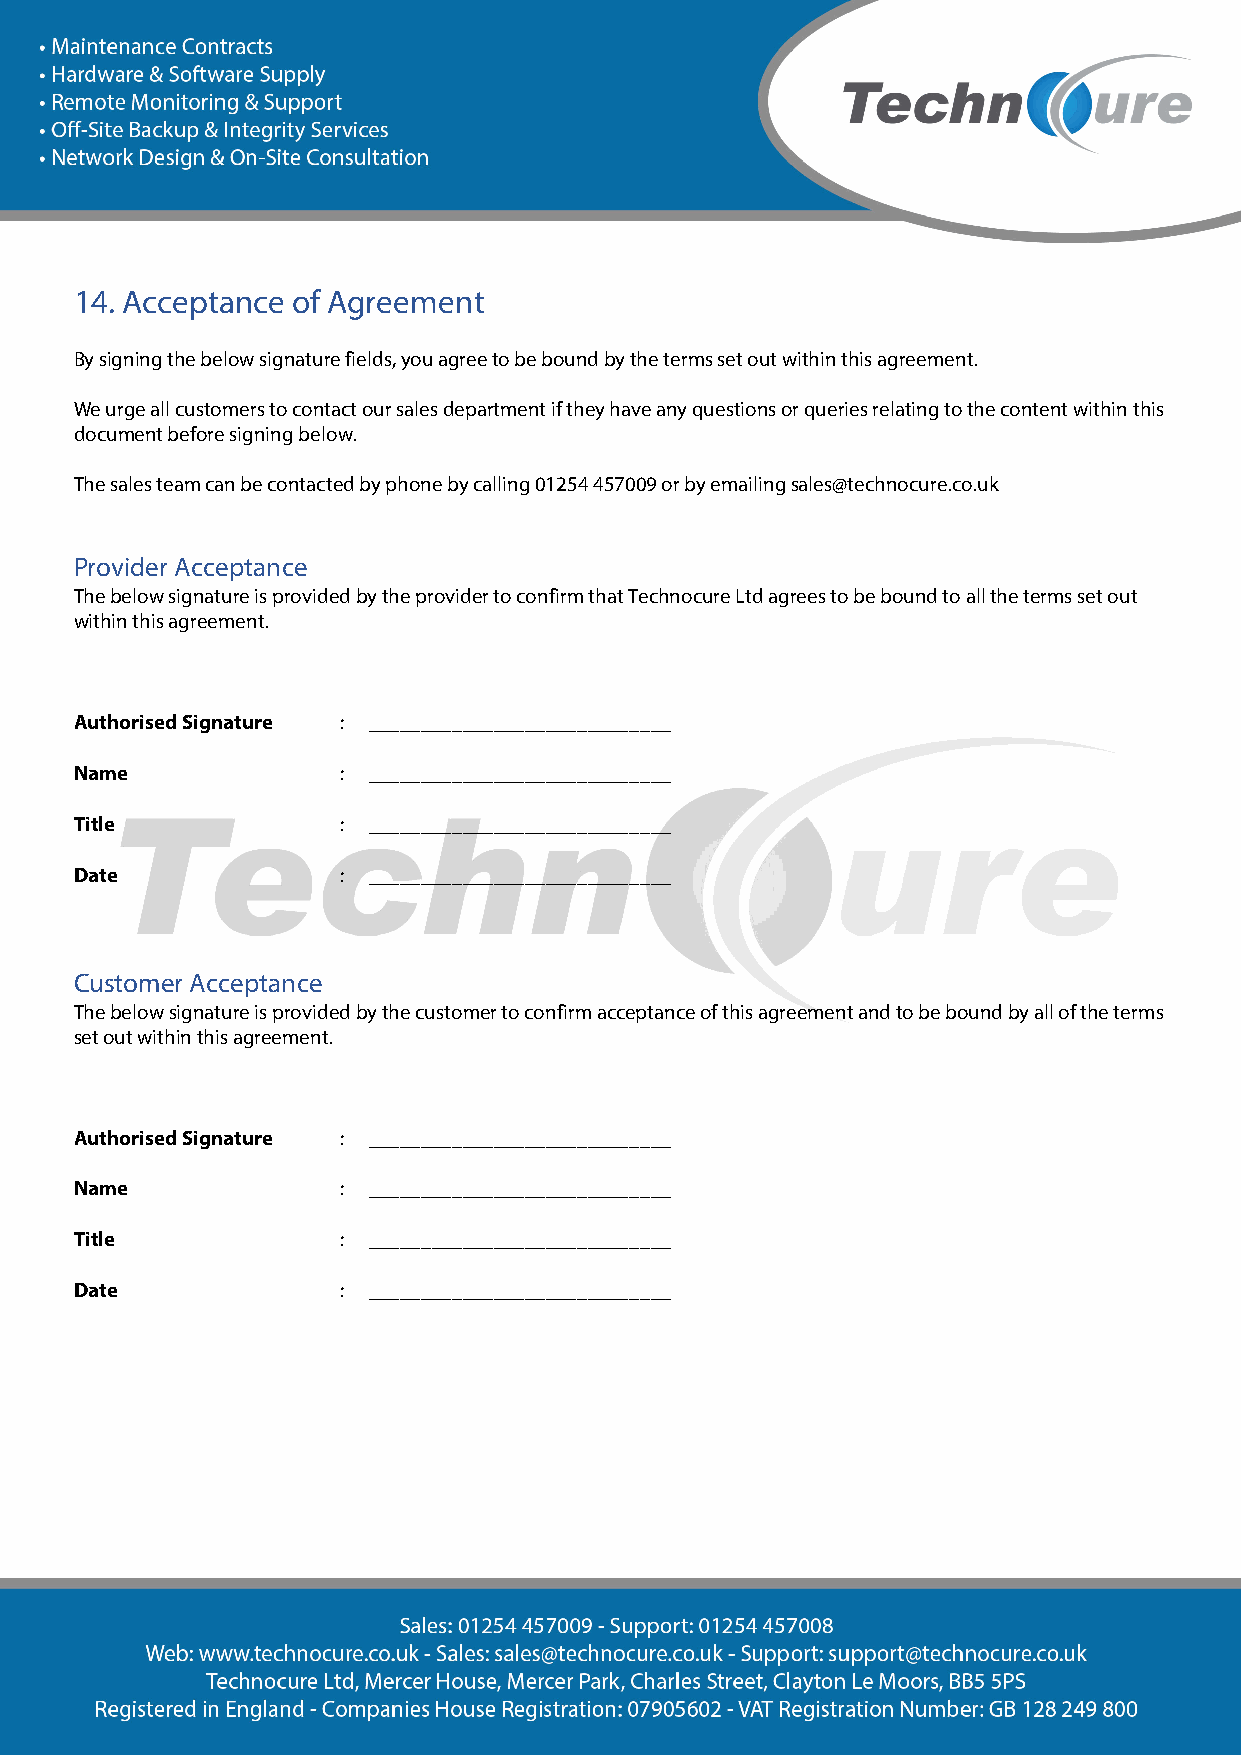
14. Acceptance of Agreement
 By signing the below signature fields, you agree to be bound by the terms set out within this agreement.
 We urge all customers to contact our sales department if they have any questions or queries relating to the content within this
 document before signing below.
 The sales team can be contacted by phone by calling 01254 457009 or by emailing sales@technocure.co.uk
 Provider Acceptance
 The below signature is provided by the provider to confirm that Technocure Ltd agrees to be bound to all the terms set out
 within this agreement.
 Authorised Signature : _____________________________
 Name             : _____________________________
 Title            : _____________________________
 Date             : _____________________________
 Customer Acceptance
 The below signature is provided by the customer to confirm acceptance of this agreement and to be bound by all of the terms
 set out within this agreement.
 Authorised Signature : _____________________________
 Name             : _____________________________
 Title            : _____________________________
 Date             : _____________________________